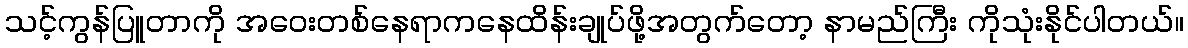
သင့်ကွန်ပြူတာကို အဝေးတစ်နေရာကနေထိန်းချုပ်ဖို့အတွက်တော့ နာမည်ကြီး ကိုသုံးနိုင်ပါတယ်။